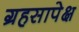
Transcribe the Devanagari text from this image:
ग्रहसापेक्ष